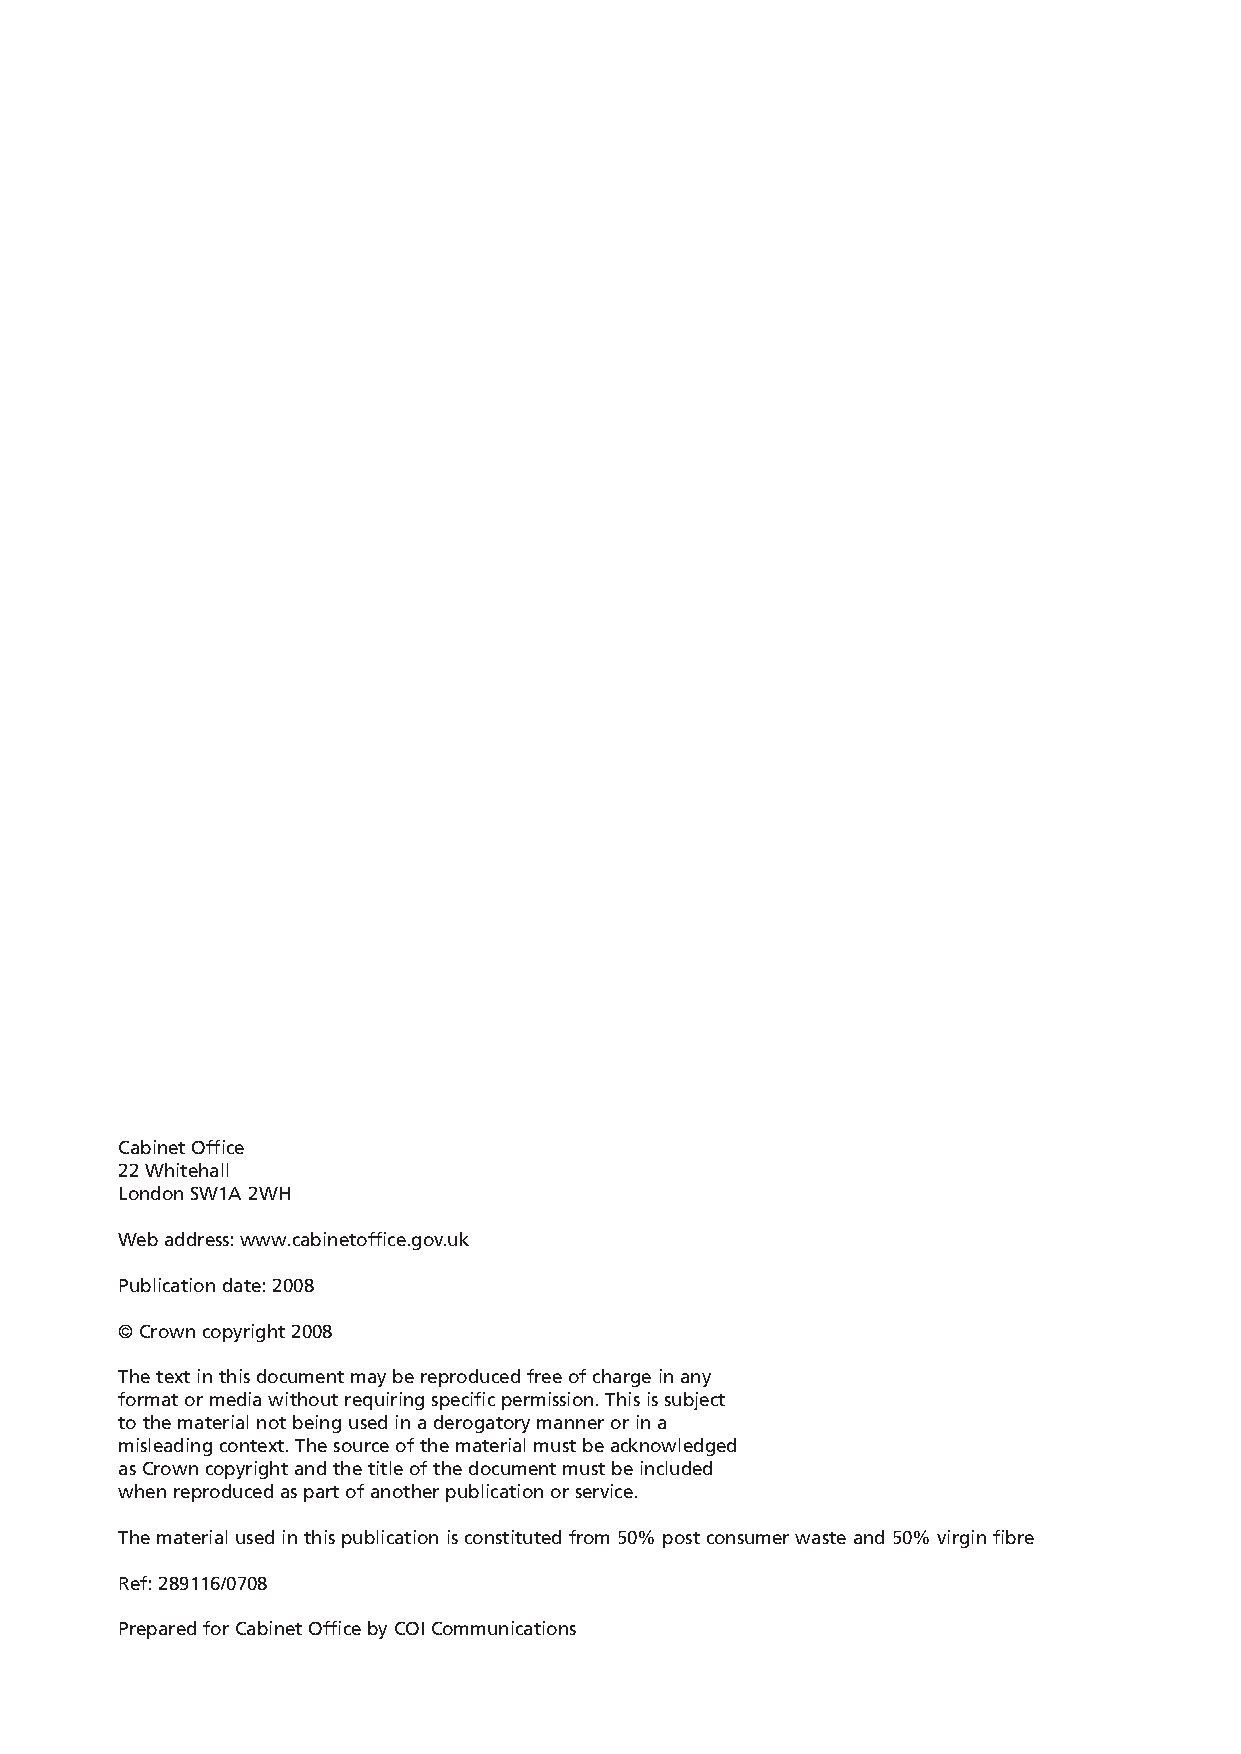
NationalRiskRegister_289116 17/7/08 2:22 pm Page 50
 Cabinet Office
 22 Whitehall
 London SW1A 2WH
 Web address: www.cabinetoffice.gov.uk
 Publication date: 2008
 © Crown copyright 2008
 The text in this document may be reproduced free of charge in any
 format or media without requiring specific permission. This is subject
 to the material not being used in a derogatory manner or in a
 misleading context. The source of the material must be acknowledged
 as Crown copyright and the title of the document must be included
 when reproduced as part of another publication or service.
 The material used in this publication is constituted from 50% post consumer waste and 50% virgin fibre
 Ref: 289116/0708
 Prepared for Cabinet Office by COI Communications